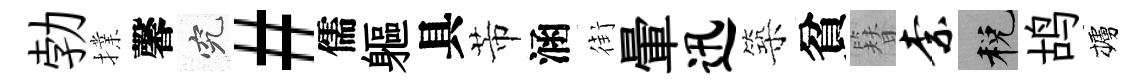
勃擈馨究#儒軀具芾涵街暈迅築貧簪柰税鸪櫨